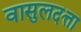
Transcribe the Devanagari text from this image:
वासुलदत्ता